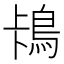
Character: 𱈡